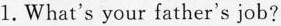
1.What's your father's job?